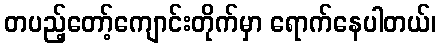
တပည့်တော့်ကျောင်းတိုက်မှာ ရောက်နေပါတယ်၊